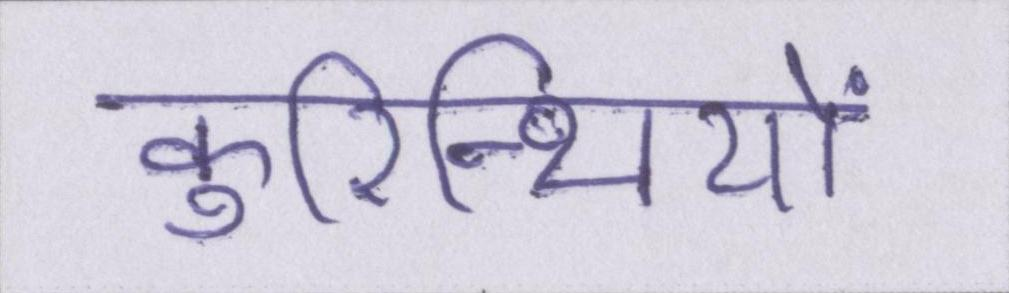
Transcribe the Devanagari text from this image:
कुरिन्थियों